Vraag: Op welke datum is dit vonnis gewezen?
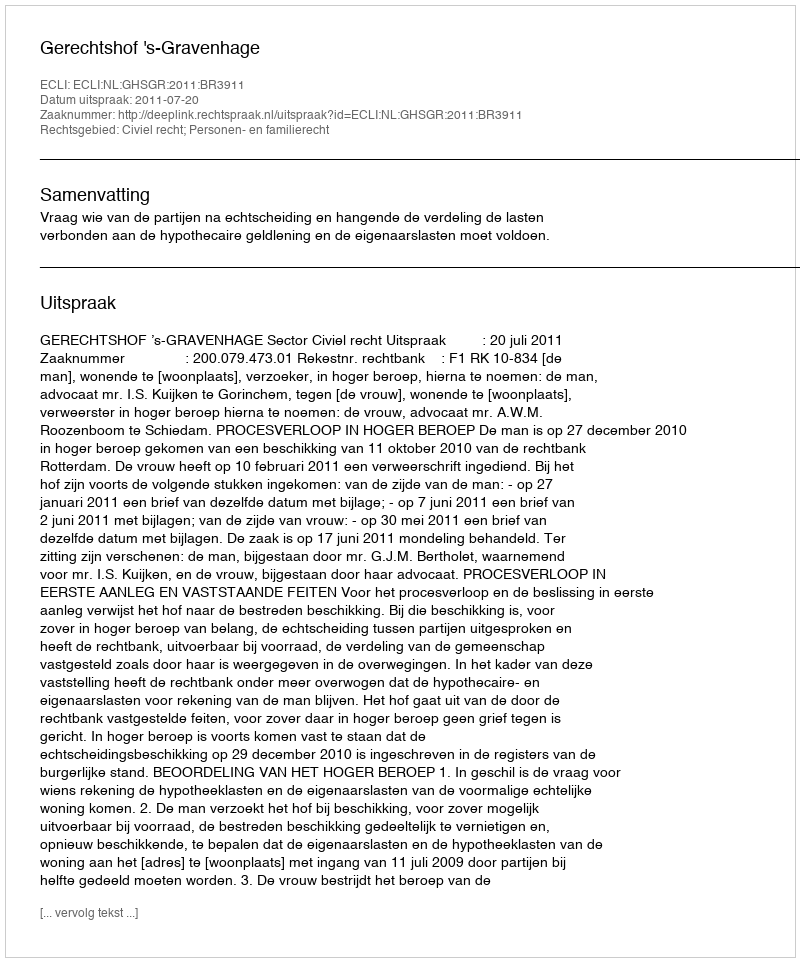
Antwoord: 2011-07-20